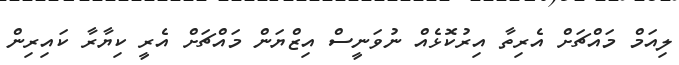
ލިއަމް މައްޗަށް އެރިތާ އިރުކޮޅެއް ނުވަނީސް އިޒްޔަން މައްޗަށް އެރީ ކިޔާރާ ކައިރިން